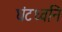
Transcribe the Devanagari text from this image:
घंटध्वनि